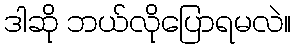
ဒါဆို ဘယ်လိုပြောရမလဲ။